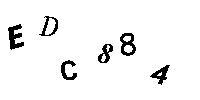
EDC884